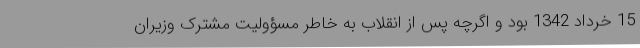
15 خرداد 1342 بود و اگرچه پس از انقلاب به خاطر مسؤولیت مشترک وزیران